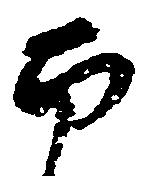
南